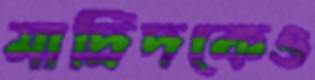
মাদ্রিদকেও